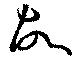
故